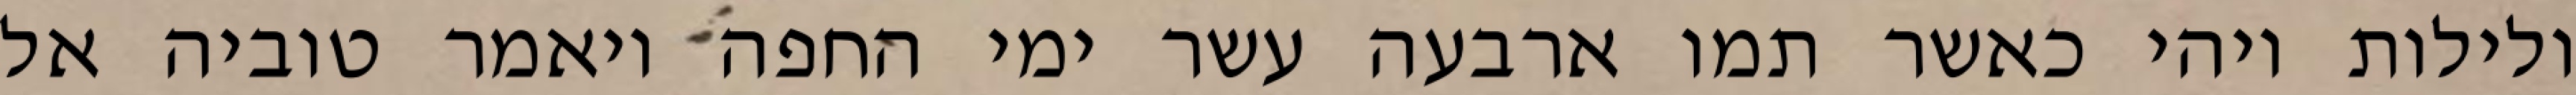
ולילות ויהי כאשר תמו ארבעה עשר ימי החפה ויאמר טוביה אל